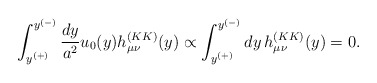
\begin{align*}\int_{y^{(+)}}^{y^{(-)}} {dy\over a^2} u_0(y) h_{\mu\nu}^{(KK)}(y) \propto\int_{y^{(+)}}^{y^{(-)}} dy\, h_{\mu\nu}^{(KK)}(y)=0. \end{align*}